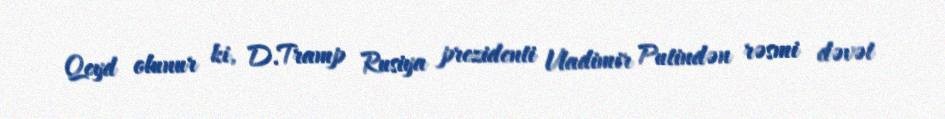
Qeyd olunur ki, D.Tramp Rusiya prezidenti Vladimir Putindən rəsmi dəvət